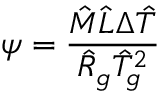
\psi = \frac { \hat { M } \hat { L } \Delta \hat { T } } { \hat { R } _ { g } \hat { T } _ { g } ^ { 2 } }